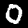
Label: 0